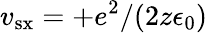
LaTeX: v_{\mathrm{sx}}=+e^{2}/(2z\epsilon_{0})